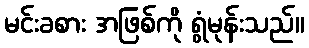
မင်းခစား အဖြစ်ကို ရွံမုန်းသည်။